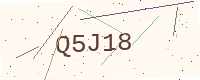
Text: Q5J18